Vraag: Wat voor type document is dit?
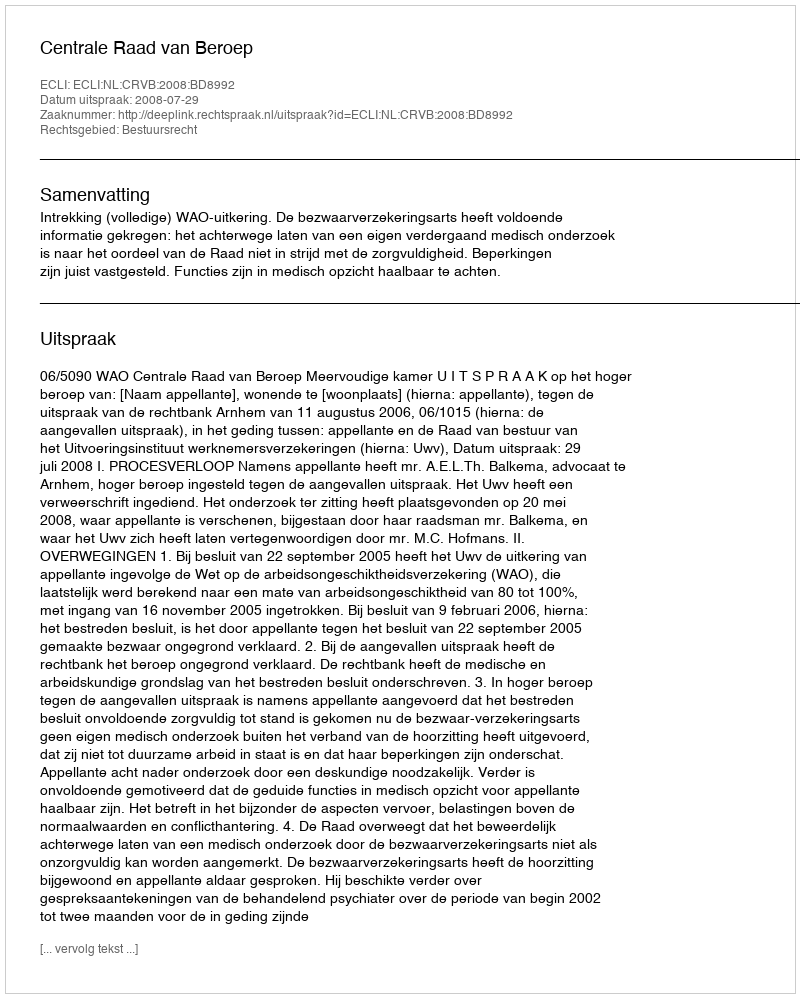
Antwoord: Uitspraak